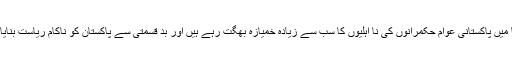
جنوبی ایشیا میں پاکستانی عوام حکمرانوں کی نا اہلیوں کا سب سے زیادہ خمیازہ بھگت رہے ہیں اور بد قسمتی سے پاکستان کو ناکام ریاست بنایا جا رہا ہے۔